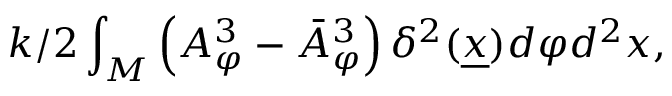
{ k / 2 } \int _ { M } \left( A _ { \varphi } ^ { 3 } - \bar { A } _ { \varphi } ^ { 3 } \right) \delta ^ { 2 } ( \underline { { { x } } } ) d \varphi d ^ { 2 } x ,